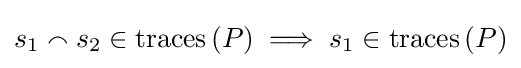
s_{1}\smallfrown s_{2}\in \mathrm {traces} \left(P\right)\implies s_{1}\in \mathrm {traces} \left(P\right)